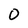
Character: 0